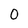
Character: O